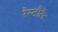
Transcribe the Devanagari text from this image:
रैस्टौरेंट